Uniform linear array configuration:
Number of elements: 4
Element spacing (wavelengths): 0.75
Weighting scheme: cosine
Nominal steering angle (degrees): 45
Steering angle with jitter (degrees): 43.168
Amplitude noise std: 0.05
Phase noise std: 0.05

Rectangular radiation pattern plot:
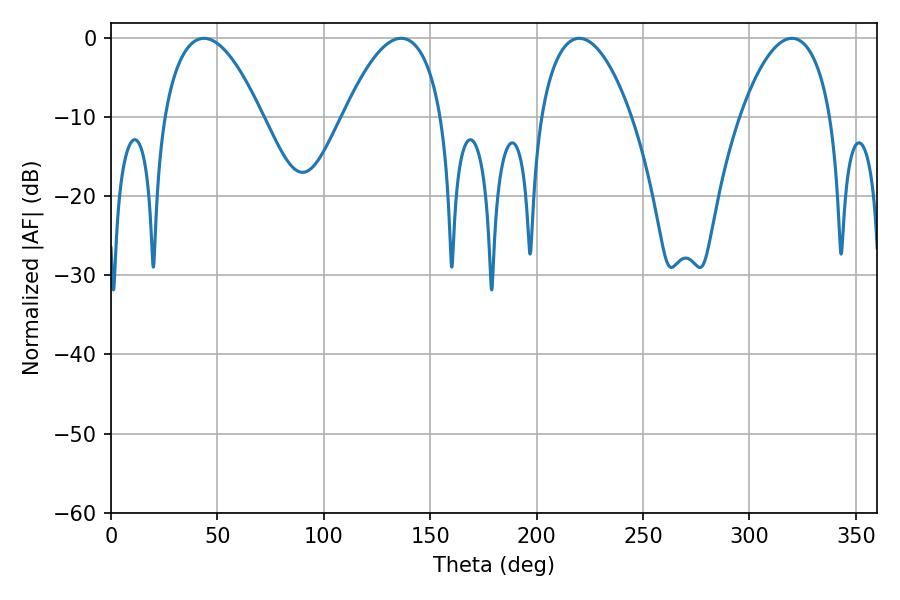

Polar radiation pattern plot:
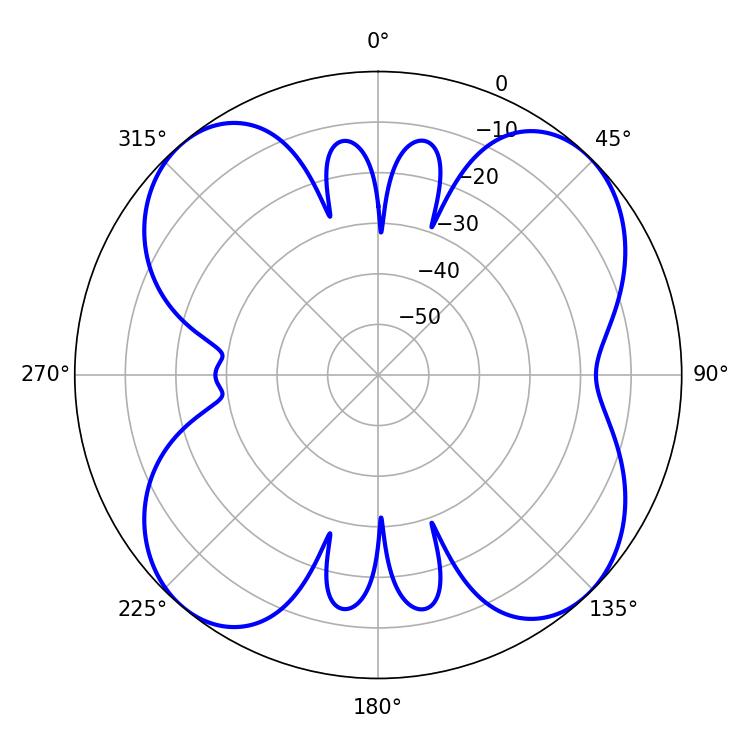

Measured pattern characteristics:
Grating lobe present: TRUE
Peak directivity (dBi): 12.768
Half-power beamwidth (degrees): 23.94
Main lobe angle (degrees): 320.04